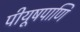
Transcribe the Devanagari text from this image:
पीयूषपाणि